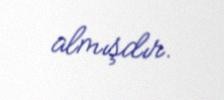
almışdır.